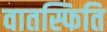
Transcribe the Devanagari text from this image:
वातस्फिति